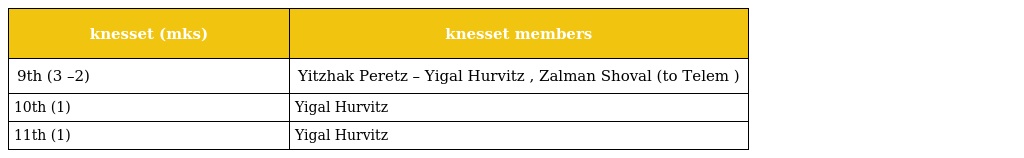
| knesset (mks) | knesset members |
 | --- | --- |
 | 9th (3 –2) | Yitzhak Peretz – Yigal Hurvitz , Zalman Shoval (to Telem ) |
 | 10th (1) | Yigal Hurvitz |
 | 11th (1) | Yigal Hurvitz |